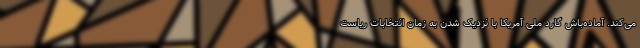
می‌کند. آماده‌باش گارد ملی آمریکا با نزدیک شدن به زمان انتخابات ریاست